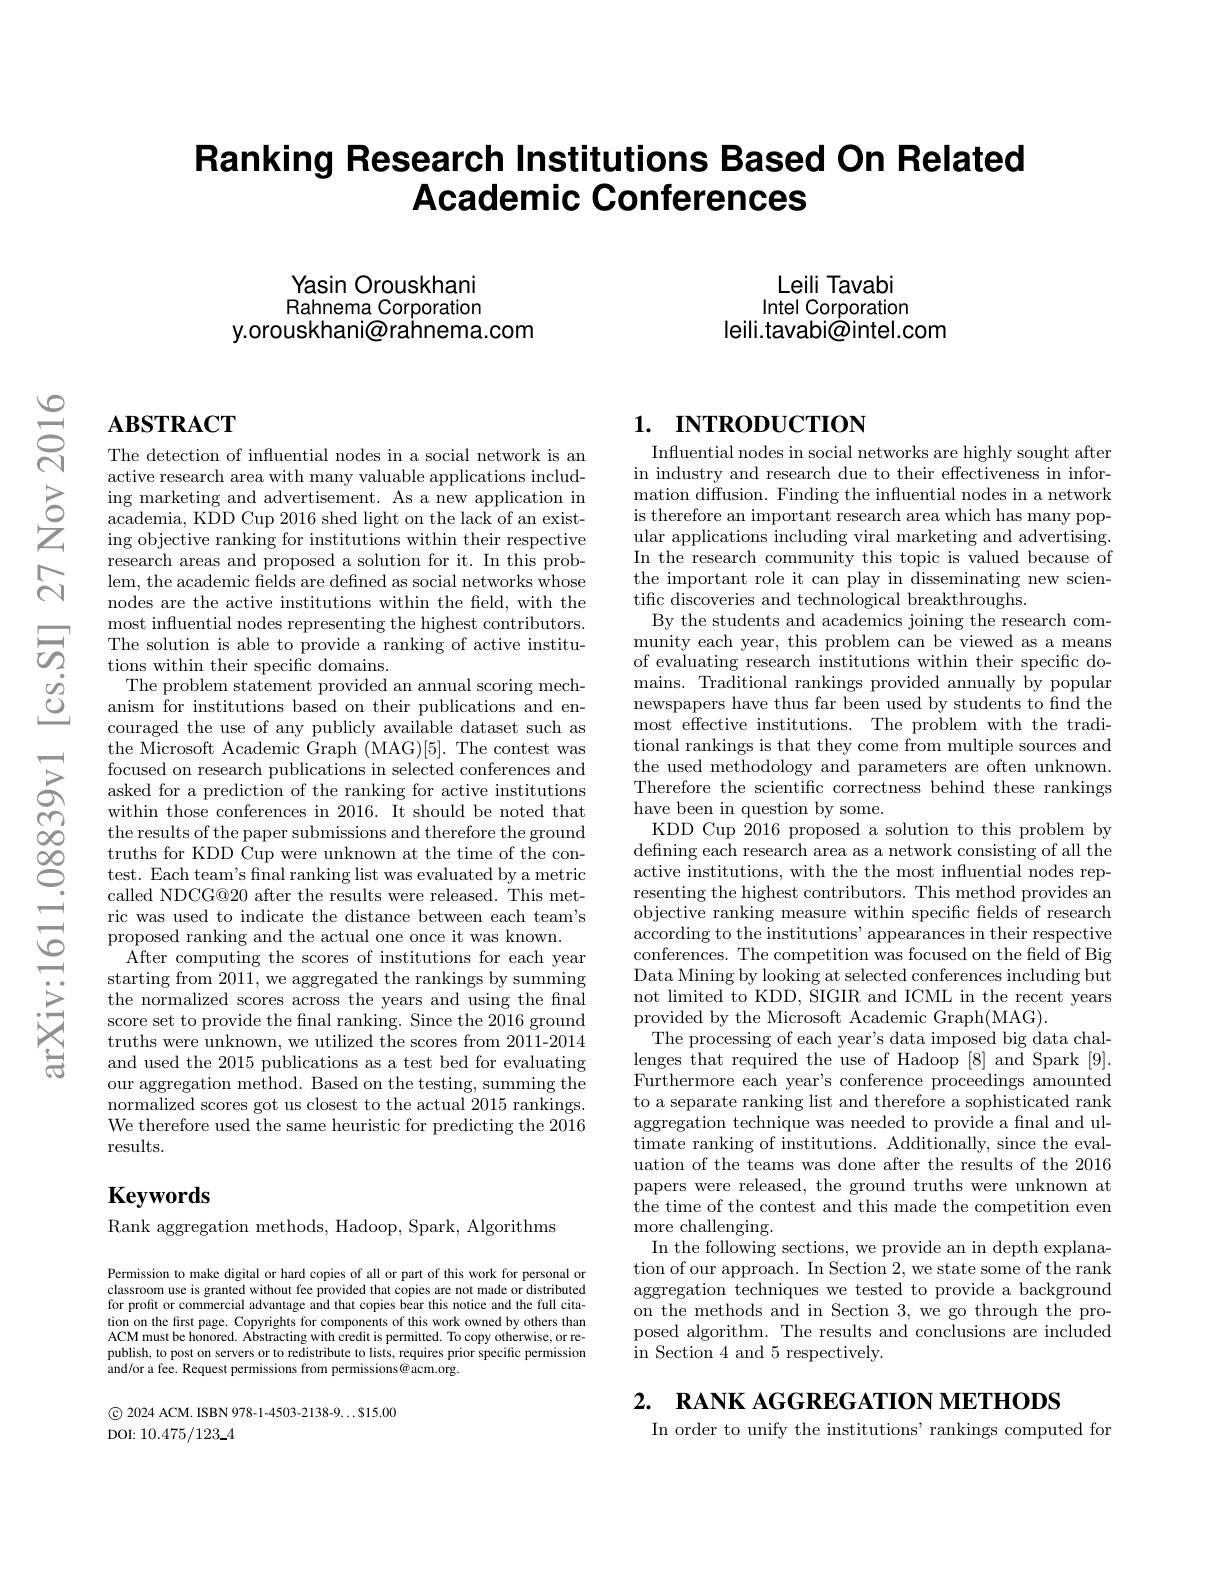
# Ranking Research Institutions Based On Related Academic Conferences

Yasin Orouskhani Rahnema Corporation
y.orouskhani@rahnema.com

Leili Tavabi Intel Corporation
leili.tavabi@intel.com

# $\mathbf{ABSTRACT}$

The detection of influential nodes in a social network is an active research area with many valuable applications including marketing and advertisement. As a new application in $\bar{\text{academia, KDD Cup 2016 shed light on the lack of an exist-}}$ ing objective ranking for institutions within their respective research areas and proposed a solution for it. In this problem, the academic felds are defined as social networks whose nodes are the active institutions within the feld, with the most influential nodes representing the highest contributors. The solution is able to provide a ranking of active institutions within their specific domains.
The problem statement provided an annual scoring mechanism for institutions based on their publications and encouraged the use of any publicly available dataset such as the Microsoft Academic Graph (MAG)[5]. The contest was focused on research publications in selected conferences and asked for a prediction of the ranking for active institutions within those conferences in 2016. It should be noted that the results of the paper submissions and therefore the ground truths for KDD Cup were unknown at the time of the contest. Each team's final ranking list was evaluated by a metric called NDCG@20 after the results were released. This metric was used to indicate the distance between each team's proposed ranking and the actual one once it was known.
After computing the scores of institutions for each year starting from 2011,we aggregated the rankings by summing the normalized scores across the years and using the final score set to provide the final ranking. Since the 2016 ground truths were unknown, we utilized the scores from 2011-2014 and used the 2015 publications as a test bed for evaluating our aggregation method. Based on the testing, summing the normalized scores got us closest to the actual 2015 rankings. We therefore used the same heuristic for predicting the 2016 results.

## $\mathbf{Keywords}$

Rank aggregation methods, Hadoop, Spark, Algorithms

Permission to make digital or hard copies of all or part of this work for personal or classroom use is granted without fee provided that copies are not made or distributed for profit or commercial advantage and that copies bear this notice and the full citation on the first page. Copyrights for components of this work owned by others than ACM must be honored. Abstracting with credit is permitted. To copy otherwise, or republish, to post on servers or to redistribute to lists, requires prior specific permission and/or a fee. Request permissions from permissions@acm.org.

$\textcircled{\mathrm{c}}$ 2024 ACM. ISBN 978-1-4503-2138-9...815.00
${\mathrm{DOI:~10.475/123\_4}}$

# 1. INTRODUCTION

Influential nodes in social networks are highly sought after in industry and research due to their effectiveness in information diffusion. Finding the influential nodes in a network is therefore an important research area which has many popular applications including viral marketing and advertising. In the research community this topic is valued because of the important role it can play in disseminating new scientific discoveries and technological breakthroughs.
By the students and academics joining the research community each year, this problem can be viewed as a means of evaluating research institutions within their specific domains. Traditional rankings provided annually by popular newspapers have thus far been used by students to find the most effective institutions. The problem with the traditional rankings is that they come from multiple sources and the used methodology and parameters are often unknown. Therefore the scientific correctness behind these rankings have been in question by some.
KDD Cup 2016 proposed a solution to this problem by defining each research area as a network consisting of all the active institutions, with the the most influential nodes representing the highest contributors. This method provides an objective ranking measure within specific felds of research according to the institutions' appearances in their respective conferences. The competition was focused on the feld of Big Data Mining by looking at selected conferences including but not limited to KDD, SIGIR and ICML in the recent years provided by the Microsoft Academic Graph(MAG).
The processing of each year's data imposed big data challenges that required the use of Hadoop [8] and Spark [9]. Furthermore each year's conference proceedings amounted to a separate ranking list and therefore a sophisticated rank aggregation technique was needed to provide a fnal and ultimate ranking of institutions. Additionally, since the evaluation of the teams was done after the results of the 2016 papers were released, the ground truths were unknown at the time of the contest and this made the competition even more challenging.
In the following sections, we provide an in depth explanation of our approach. In Section 2, we state some of the rank aggregation techniques we tested to provide a background on the methods and in Section 3, we go through the proposed algorithm. The results and conclusions are included in Section 4 and 5 respectively.
2. RANK AGGREGATION METHODS

In order to unify the institutions' rankings computed for